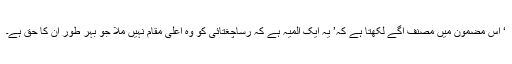
‘ اس مضمون میں مصنف آگے لکھتا ہے کہ’ یہ ایک المیہ ہے کہ رساؔچغتائی کو وہ اعلیٰ مقام نہیں ملا جو بہر طور ان کا حق ہے۔